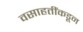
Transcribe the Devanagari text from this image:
वसाहतींकडून